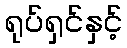
ရုပ်ရှင်နှင့်